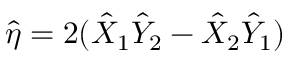
\hat { \eta } = 2 ( \hat { X } _ { 1 } \hat { Y } _ { 2 } - \hat { X } _ { 2 } \hat { Y } _ { 1 } )